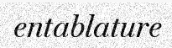
entablature